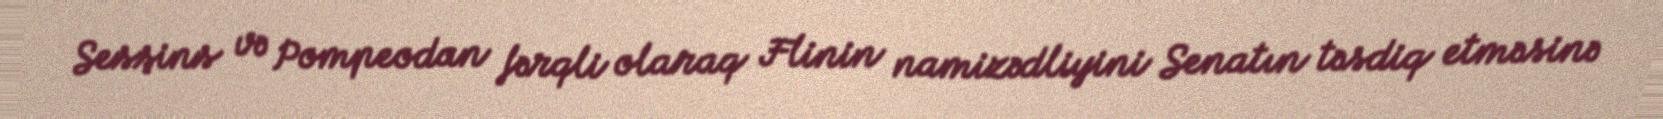
Sesşins və Pompeodan fərqli olaraq Flinin namizədliyini Senatın təsdiq etməsinə